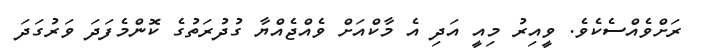
ރަށްވެއްސެކެވެ. ވީއިރު މިއީ އަދި އެ މާކްއަށް ވެއްޖެއްޔާ ގުދުރަތުގެ ކޮންމެފަދަ ވަރުގަދަ